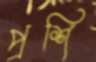
প্রশি